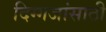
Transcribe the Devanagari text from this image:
दिग्गजांसाठी